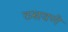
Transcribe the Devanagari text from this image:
ठसवणे